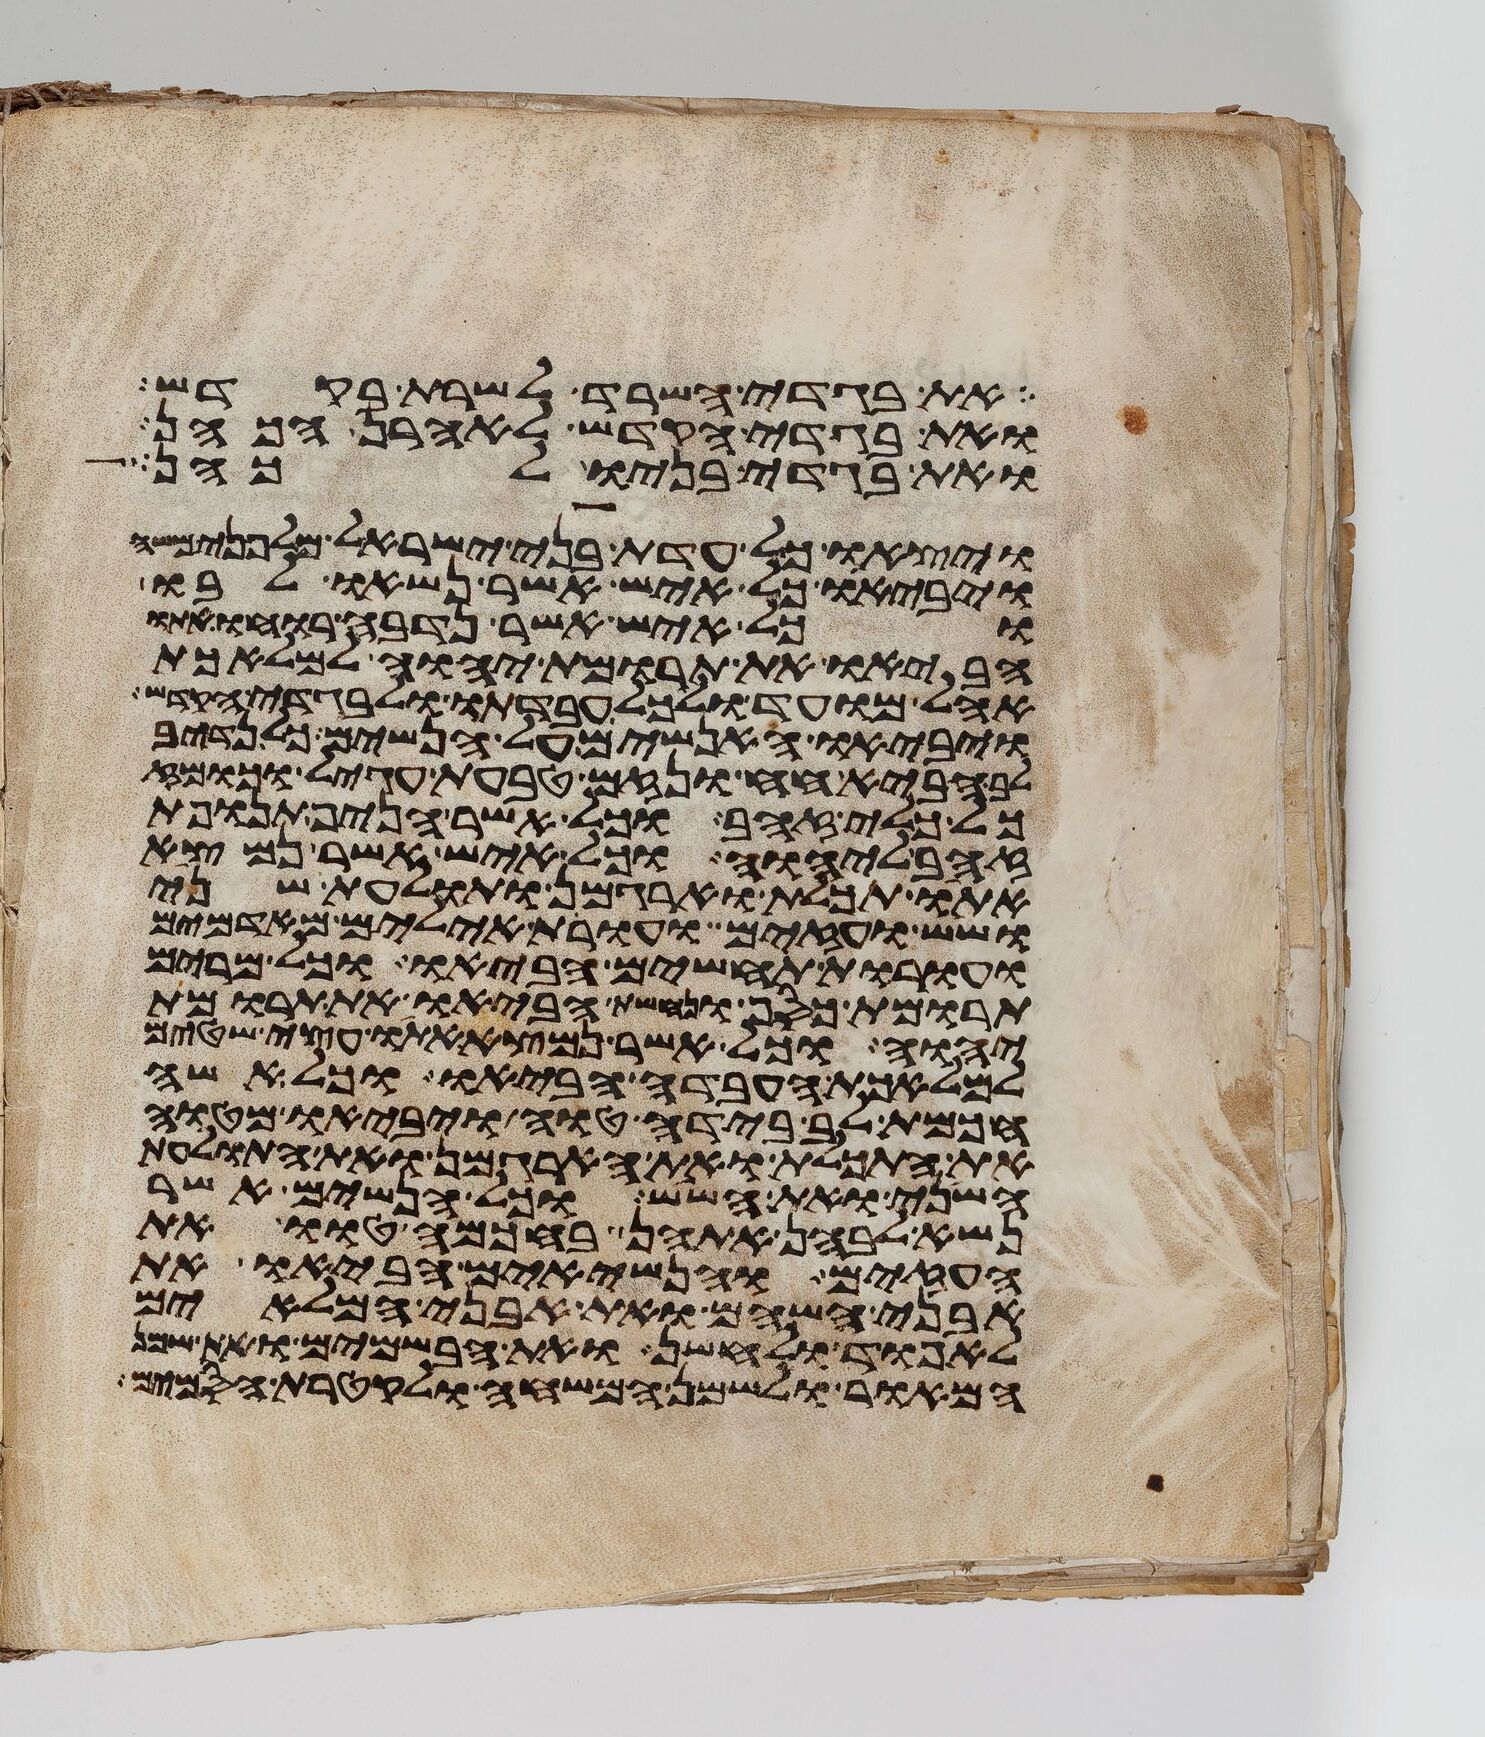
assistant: את בגדי השרד לשרת בקדש
ואת בגדי הקדש לאהרן הכהן
ואת בגדי בניו לכהן
ויצאו כל עדת בני ישראל מלפני משה
ויביאו כל איש אשר נשאו לבו
וכל איש אשר נדבה רוחו אתו
הביאו את תרומת יהוה למלאכת
אהל מועד ולכל עבדתו ולבגדי הקדש
ויביאו האנשים על הנשים כל נדיב
לב הביא חח ונזם טבעת עגיל וכומז
כל כלי זהב וכל אשר הניף תנופת
זהב ליהוה וכל איש אשר נמצא
אתו תכלת וארגמן ותולעת שני
ושש ועזים ועורת אילים מאדמים
ועורת תחשים הביאו וכל מרים
תרומת כסף ונחשת הביאו את תרומת
יהוה וכל אשר נמצא אתו עצי שטים
למלאכת העבדה הביאו וכל אשה
חכמת לב בידה טוה ויביאו מטוה
את התכלת ואת הארגמן ואת התולעת
השני ואת השש וכל הנשים אשר
נשא לבהן אתהן בחכמה טוו את
העזים והנשיאים הביאו את
אבני השהם ואת אבני המלאים
לאפוד ולחשן ואת הבשמים ואת שמן
המאור לשמן המשחה ולקטרת הסמים